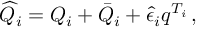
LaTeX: \widehat { Q } _ { i } = Q _ { i } + \bar { Q } _ { i } + \hat { \epsilon } _ { i } q ^ { T _ { i } } \, ,